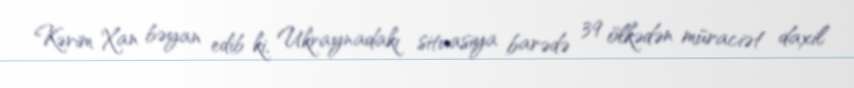
Kərim Xan bəyan edib ki, Ukraynadakı situasiya barədə 39 ölkədən müraciət daxil